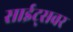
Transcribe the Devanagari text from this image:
साईट्सवर